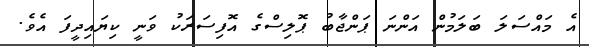
އެ މައްސަލަ ބަލަމުން އަންނަ ޕަންޖާބު ޕޮލިސްގެ އޮފިސަރަކު ވަނީ ކިޔައިދީފަ އެވެ.